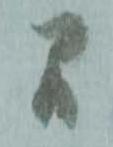
間